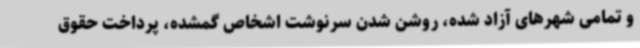
و تمامی شهرهای آزاد شده، روشن شدن سرنوشت اشخاص گمشده، پرداخت حقوق